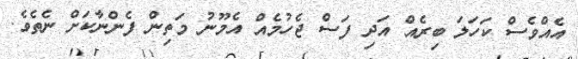
އެއްވެސް ކަހަލަ ބިރެއް އަދި ފަސް ޖެހުމެއް އެމޫނު މަތިން ފެންނާކަށް ނެތެވެ.